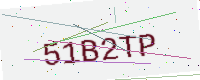
Text: 51B2TP